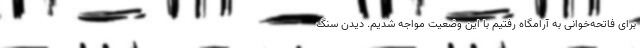
برای فاتحه‌خوانی به آرامگاه رفتیم با این وضعیت مواجه شدیم. دیدن سنگ